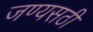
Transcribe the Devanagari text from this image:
जण्यसठी